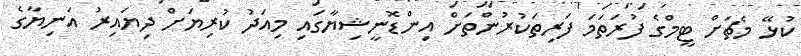
ކުޅޭ މެޗަށް ޓީމްގެ ފުރަތަމަ ފަރިތަކުރުންތަށް އިންޑޮނީޝިޔާގައި މިއަދު ކުރިޔަށް ދިޔައިރު އަނިޔާގެ